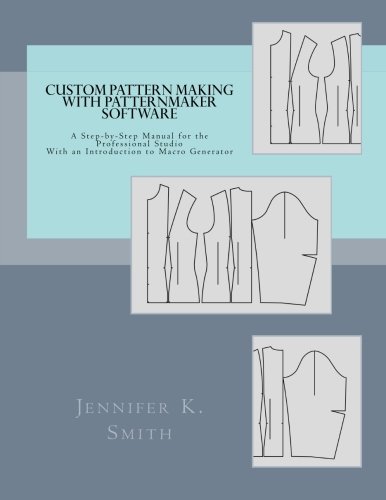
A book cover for Custom Pattern Making with PatternMaker Software: A Step-by-Step Manual for the Professional Studio With an Introduction to Macro Generator; Jennifer K. Smith; Crafts, Hobbies & Home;